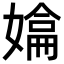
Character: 𭒚